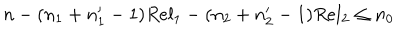
n - ( n _ { 1 } + n _ { 1 } ^ { \prime } - 1 ) R e l _ { 1 } - ( n _ { 2 } + n _ { 2 } ^ { \prime } - 1 ) R e l _ { 2 } \le n _ { 0 }